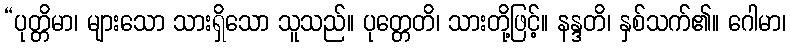
“ပုတ္တိမာ၊ များသော သားရှိသော သူသည်။ ပုတ္တေတိ၊ သားတို့ဖြင့်။ နန္ဒတိ၊ နှစ်သက်၏။ ဂေါမာ၊